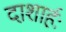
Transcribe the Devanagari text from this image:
दाशार्हः